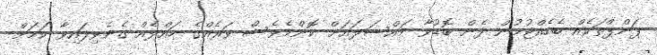
ޕަންޕްތަކެއް ބެހެއްޓުމުން ފެން ބޮޑުވާ މައްސަލައަށް ކޮންމެވެސް ވަރެއްގެ ހައްލެއް ގެނެވިފައިވާ ކަމަށް